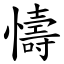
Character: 懤